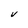
Character: V